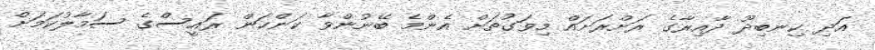
އަދި ކިނބިދޫ ދާއިރާގެ ރަށްރަށައް މިވަގުތަށް އެންމެ ބޭނުންވާ ކަންކަން ރައީސްގެ ސަމާލުކަމަށް